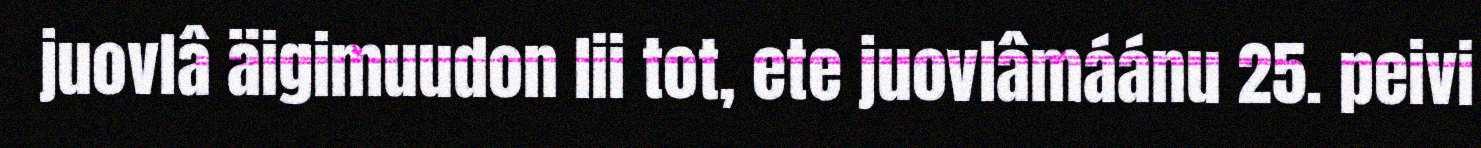
juovlâ äigimuudon lii tot, ete juovlâmáánu 25. peivi